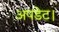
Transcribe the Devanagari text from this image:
अपडेट।